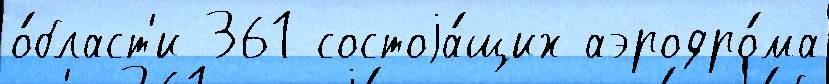
о́бласт'и 361 состоjа́щих аэродро́ма